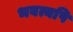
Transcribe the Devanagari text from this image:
भवत्यपि